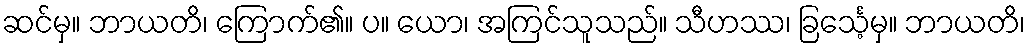
ဆင်မှ။ ဘာယတိ၊ ကြောက်၏။ ပ။ ယော၊ အကြင်သူသည်။ သီဟဿ၊ ခြင်္သေ့မှ။ ဘာယတိ၊